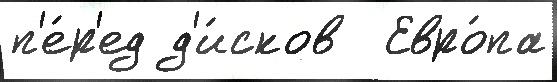
п'е́р'ед д'и́сков  Евро́па